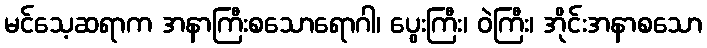
မင်သေ့ဆရာက အနာကြီးစသောရောဂါ၊ ပွေးကြီး၊ ဝဲကြီး၊ အိုင်းအနာစသော